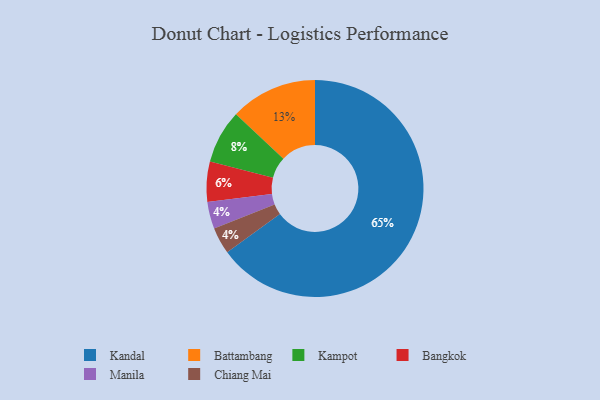
{"axis": {"x": "Category", "y": "Percentage"}, "legend": ["Bangkok", "Battambang", "Chiang Mai", "Kampot", "Kandal", "Manila"], "data": [{"x": "Battambang", "y": 13, "type": "Battambang"}, {"x": "Bangkok", "y": 6, "type": "Bangkok"}, {"x": "Kandal", "y": 65, "type": "Kandal"}, {"x": "Kampot", "y": 8, "type": "Kampot"}, {"x": "Manila", "y": 4, "type": "Manila"}, {"x": "Chiang Mai", "y": 4, "type": "Chiang Mai"}]}